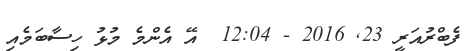
ފެބްރުއަރީ 23